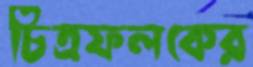
চিত্রফলকের